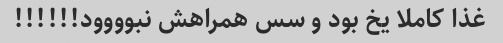
غذا کاملا یخ بود و سس همراهش نبوووود!!!!!!